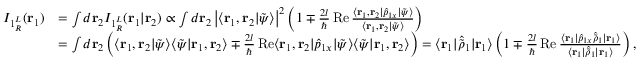
\begin{array} { r l } { I _ { 1 { ^ L _ { R } } } ( \mathbf { r } _ { 1 } ) } & { = \int d \mathbf { r } _ { 2 } I _ { 1 { ^ L _ { R } } } ( \mathbf { r } _ { 1 } | \mathbf { r } _ { 2 } ) \propto \int d \mathbf { r } _ { 2 } \left| \langle \mathbf { r } _ { 1 } , \mathbf { r } _ { 2 } | \tilde { \psi } \rangle \right| ^ { 2 } \left( 1 \mp \frac { 2 l } { \hbar } \operatorname { R e } \frac { \langle \mathbf { r } _ { 1 } , \mathbf { r } _ { 2 } | \hat { p } _ { 1 x } | \tilde { \psi } \rangle } { \langle \mathbf { r } _ { 1 } , \mathbf { r } _ { 2 } | \tilde { \psi } \rangle } \right) } \\ & { = \int d \mathbf { r } _ { 2 } \left( \langle \mathbf { r } _ { 1 } , \mathbf { r } _ { 2 } | \tilde { \psi } \rangle \langle \tilde { \psi } | \mathbf { r } _ { 1 } , \mathbf { r } _ { 2 } \rangle \mp \frac { 2 l } { \hbar } \operatorname { R e } \langle \mathbf { r } _ { 1 } , \mathbf { r } _ { 2 } | \hat { p } _ { 1 x } | \tilde { \psi } \rangle \langle \tilde { \psi } | \mathbf { r } _ { 1 } , \mathbf { r } _ { 2 } \rangle \right) = \langle \mathbf { r } _ { 1 } | \hat { \tilde { \rho } } _ { 1 } | \mathbf { r } _ { 1 } \rangle \left( 1 \mp \frac { 2 l } { \hbar } \operatorname { R e } \frac { \langle \mathbf { r } _ { 1 } | \hat { p } _ { 1 x } \hat { \tilde { \rho } } _ { 1 } | \mathbf { r } _ { 1 } \rangle } { \langle \mathbf { r } _ { 1 } | \hat { \tilde { \rho } } _ { 1 } | \mathbf { r } _ { 1 } \rangle } \right) , } \end{array}